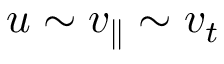
u \sim v _ { \parallel } \sim v _ { t }